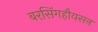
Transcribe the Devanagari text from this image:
बरसिंगहौयसन